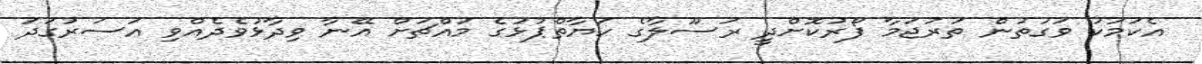
އެކަމަކު ވަގުތުން ތަރުޖަމާ ފޯރުކޮށްދީ ރަސޫލާގެ ހަޔާތްޕުޅުގެ މައްޗަށް އޭނާ ވިދާޅުވެދެއްވި އަސަރުގަދަ